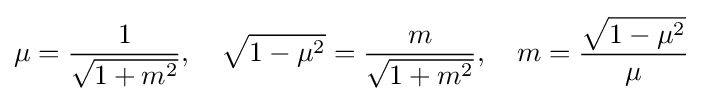
\mu ={\frac {1}{\sqrt {1+m^{2}}}},\quad {\sqrt {1-\mu ^{2}}}={\frac {m}{\sqrt {1+m^{2}}}},\quad m={\frac {\sqrt {1-\mu ^{2}}}{\mu }}